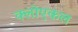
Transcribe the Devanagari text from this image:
क्लोएकल